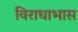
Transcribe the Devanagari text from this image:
विराधाभास